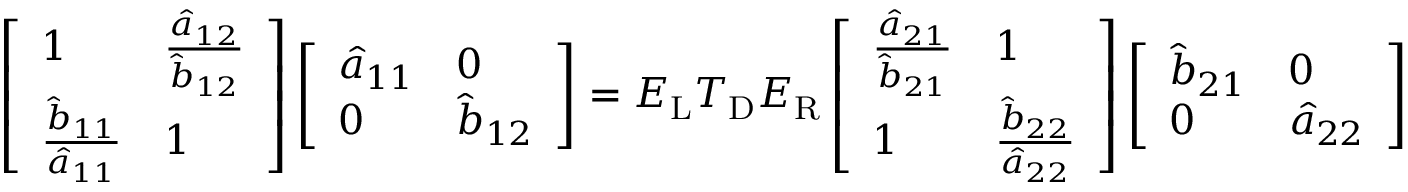
\left[ \begin{array} { l l } { 1 } & { \frac { \hat { a } _ { 1 2 } } { \hat { b } _ { 1 2 } } } \\ { \frac { \hat { b } _ { 1 1 } } { \hat { a } _ { 1 1 } } } & { 1 } \end{array} \right] \left[ \begin{array} { l l } { \hat { a } _ { 1 1 } } & { 0 } \\ { 0 } & { \hat { b } _ { 1 2 } } \end{array} \right] = \boldsymbol { E } _ { \mathrm { L } } \boldsymbol { T } _ { \mathrm { D } } \boldsymbol { E } _ { \mathrm { R } } \left[ \begin{array} { l l } { \frac { \hat { a } _ { 2 1 } } { \hat { b } _ { 2 1 } } } & { 1 } \\ { 1 } & { \frac { \hat { b } _ { 2 2 } } { \hat { a } _ { 2 2 } } } \end{array} \right] \left[ \begin{array} { l l } { \hat { b } _ { 2 1 } } & { 0 } \\ { 0 } & { \hat { a } _ { 2 2 } } \end{array} \right]